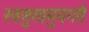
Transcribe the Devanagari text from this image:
स्वसुखमुपगते